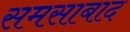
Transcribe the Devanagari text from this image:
समसाबाद